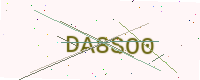
Text: DA8SO0